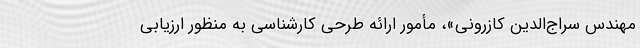
مهندس سراج‌الدین کازرونی»، مأمور ارائه طرحی کارشناسی به منظور ارزیابی